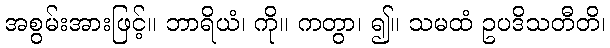
အစွမ်းအားဖြင့်။ ဘာရိယံ၊ ကို။ ကတွာ၊ ၍။ သမထံ ဥပဒိသတီတိ၊